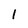
Character: 1